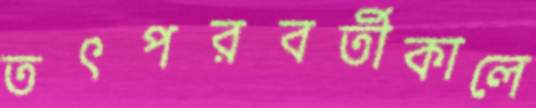
তৎপরবর্তীকালে